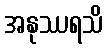
အနုဿရသိ